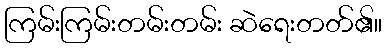
ကြမ်းကြမ်းတမ်းတမ်း ဆဲရေးတတ်၏။